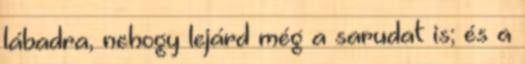
lábadra, nehogy lejárd még a sarudat is; és a